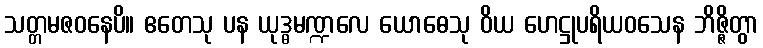
သတ္တမဇဝနေပိ။ ဧတေသု ပန ယုဒ္ဓမဏ္ဍလေ ယောဓေသု ဝိယ ဟေဋ္ဌုပရိယဝသေန ဘိဇ္ဇိတွာ